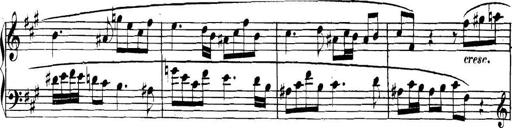
Title: Collected Piano Sonatas
Composer: Muzio Clementi